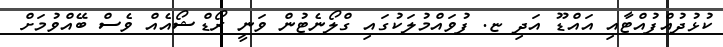
ކުޅުދުއްފުއްޓާއި އައްޑޫ އަދި ޏ. ފުވައްމުލަކުގައި ގްލޯނެޓުން ވަނީ ރޯޑްޝޯއެއް ވެސް ބޭއްވުމަށް